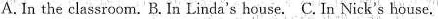
A.In the classroom. B. In Linda s house.C. In Nick's house.